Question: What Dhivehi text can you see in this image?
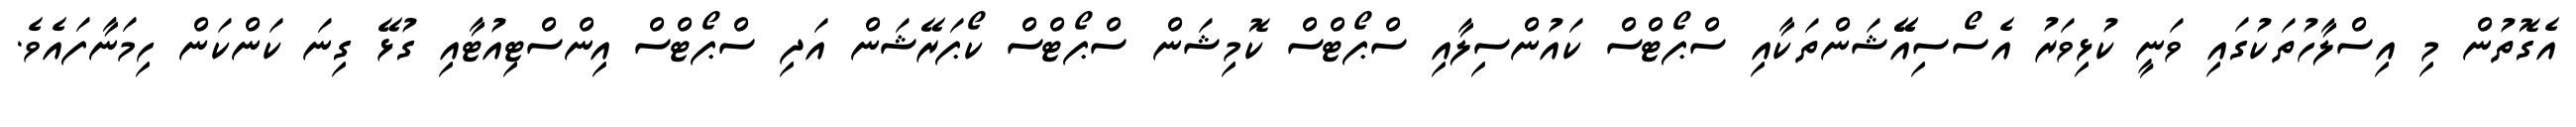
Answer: އެގޮތުން މި އިސްލާހުތަކުގައި ވަނީ ކުޅިވަރު އެސޯސިއޭޭޝަންތަކާއި ސްޕޯޓްސް ކައުންސިލާއި ސްޕޯޓްސް ކޮމިޝަން ސްޕޯޓްސް ކޯޕަރޭޝަން އަދި ސްޕޯޓްސް އިންސްޓިއުޓާއި ގުޅޭ ގިނަ ކަންކަން ހިމަނާފައެވެ.